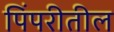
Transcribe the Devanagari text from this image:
पिंपरीतील